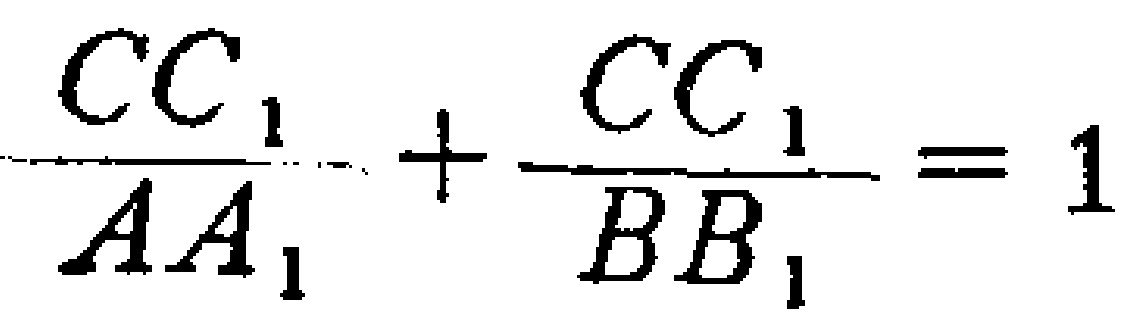
\frac{CC_{1}}{AA_{1}}+\frac{CC_{1}}{BB_{1}} = 1